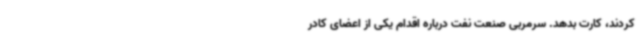
کردند، کارت بدهد. سرمربی صنعت نفت درباره اقدام یکی از اعضای کادر